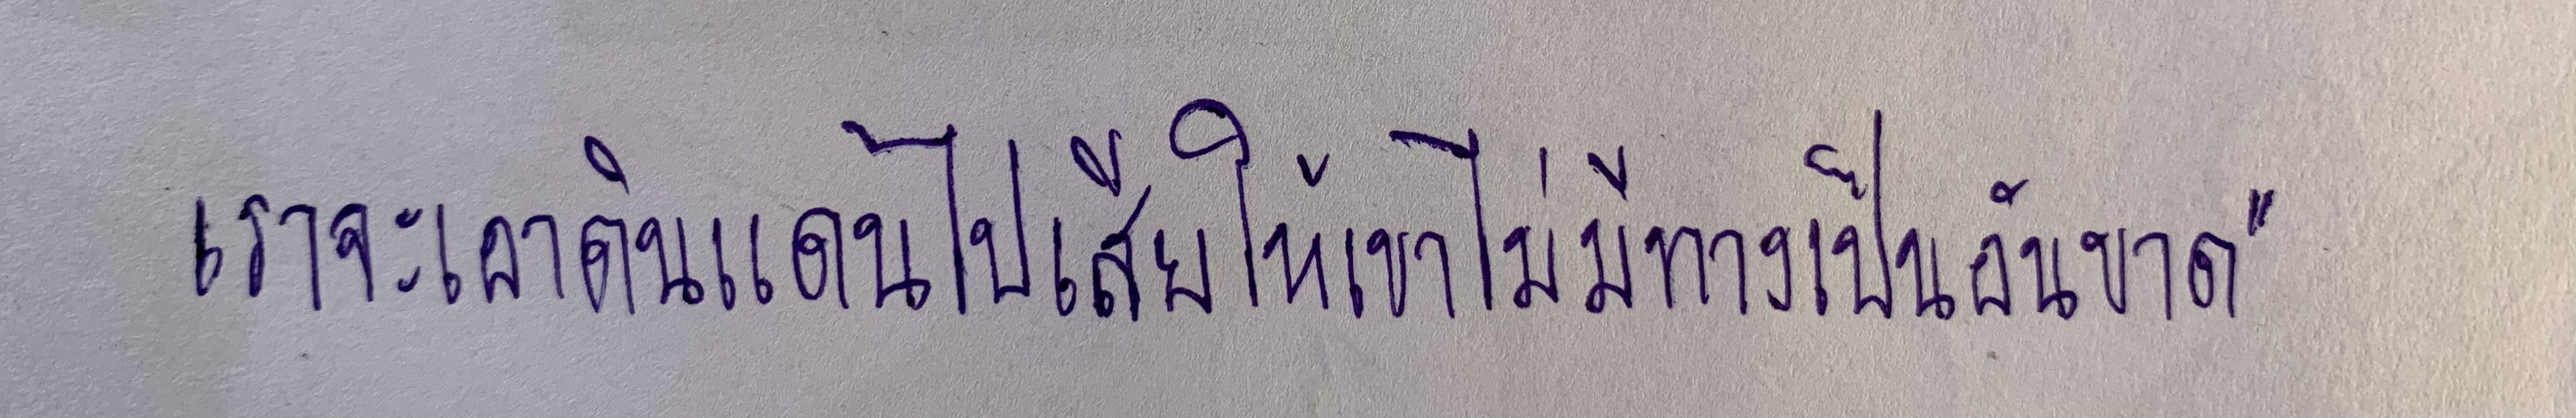
เราจะเอาดินแดนไปเสียให้เขาไม่มีทางเป็นอันขาด"